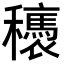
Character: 𥤂